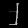
Digit: ၂